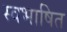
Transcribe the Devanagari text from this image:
स्वभाषित